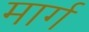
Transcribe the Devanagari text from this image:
मार्ग